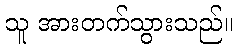
သူ အားတက်သွားသည်။